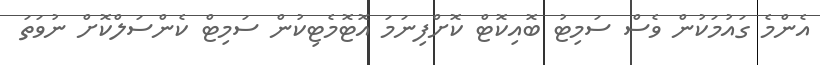
އެންމެ ގައުމަކުން ވެސް ސަމިޓު ބޮއިކޮޓް ކޮށްފިނަމަ އޮޓޮމެޓިކުން ސަމިޓް ކެންސަލްކޮށް ނުވަތަ